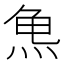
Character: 𱍆